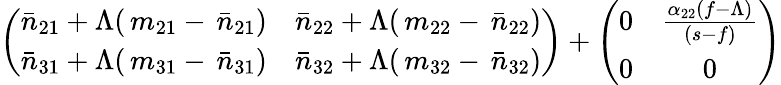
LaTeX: \left(\begin{array}{cc}{\bar{n}_{21}+\Lambda(\, m_{21}-\, \bar{n}_{21})}&{\bar{n}_{22}+\Lambda(\, m_{22}-\, \bar{n}_{22})}\\ {\bar{n}_{31}+\Lambda(\, m_{31}-\, \bar{n}_{31})}&{\bar{n}_{32}+\Lambda(\, m_{32}-\, \bar{n}_{32})}\end{array}\right)+\left(\begin{array}{cc}{0}&{\frac{\alpha_{22}(f-\Lambda)}{(s-f)}}\\ {0}&{0}\end{array}\right)